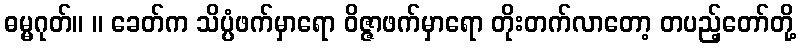
ဓမ္မဂုတ်။ ။ ခေတ်က သိပ္ပံဖက်မှာရော ဝိဇ္ဇာဖက်မှာရော တိုးတက်လာတော့ တပည့်တော်တို့